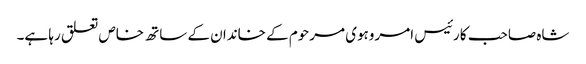
شاہ صاحب کا رئیس امروہوی مرحوم کے خاندان کے ساتھ خاص تعلق رہا ہے۔